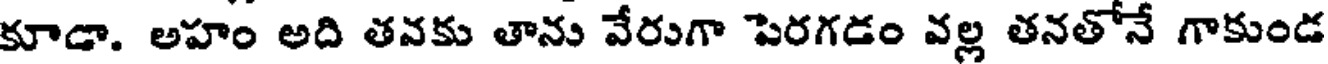
కూడా. అహం అది తవకు తాను వేరుగా పెరగడం వల్ల తనతోనే గాకుండ